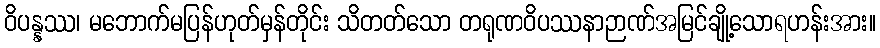
ဝိပန္နဿ၊ မဘောက်မပြန်ဟုတ်မှန်တိုင်း သိတတ်သော တရုဏဝိပဿနာဉာဏ်အမြင်ချို့သောရဟန်းအား။